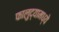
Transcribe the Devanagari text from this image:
फालुद्यामध्ये